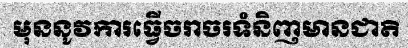
មុននូវការធ្វើចរាចរទំនិញមានជាតិ